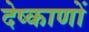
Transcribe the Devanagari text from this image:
देष्काणों